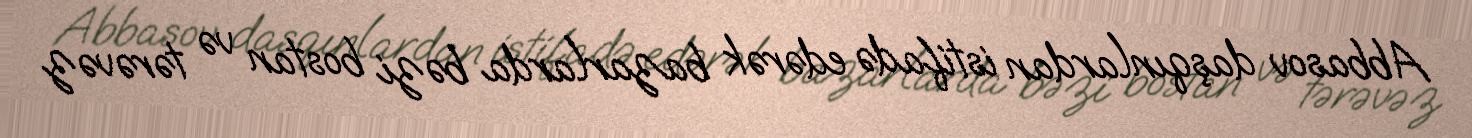
Abbasov daşqınlardan istifadə edərək bazarlarda bəzi bostan və tərəvəz